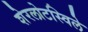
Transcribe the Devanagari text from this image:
शेरलोटस्विले